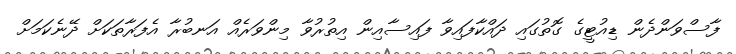
ފާސްވަންދެން ޑިއުޓީގެ ގޮތުގައި ދައްކާފައިވާ ފައިސާއިން އިތުރުވާ މިންވަރެއް އަނބުރާ އެފަރާތަކަށް ދޭނެކަމަށް